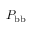
P _ { \mathrm { b b } }